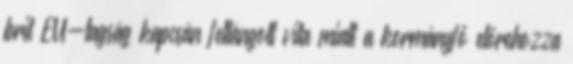
brit EU-tagság kapcsán fellángolt vita miatt a kormányfő előrehozza